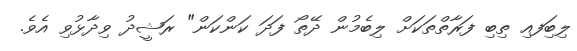
ލިބިަފއި ތިބި ފަރާތްތަކަށް ލިބެމުން ދޭތޯ ފަދަ ކަންކަން" ރަޝީދު ވިދާޅުވި އެވެ.